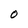
Character: O